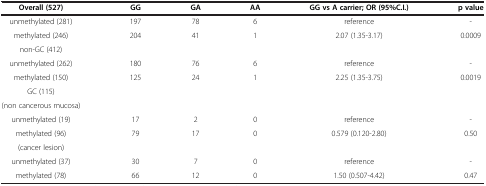
<table><thead><tr><td><b>Overall (527)</b></td><td><b>GG</b></td><td><b>GA</b></td><td><b>AA</b></td><td><b>GG vs A carrier; OR (95%C.I.)</b></td><td><b>p value</b></td></tr></thead><tbody><tr><td>unmethylated (281)</td><td>197</td><td>78</td><td>6</td><td>reference</td><td>-</td></tr><tr><td>methylated (246)</td><td>204</td><td>41</td><td>1</td><td>2.07 (1.35-3.17)</td><td>0.0009</td></tr><tr><td>non-GC (412)</td><td> </td><td> </td><td> </td><td> </td><td> </td></tr><tr><td>unmethylated (262)</td><td>180</td><td>76</td><td>6</td><td>reference</td><td>-</td></tr><tr><td>methylated (150)</td><td>125</td><td>24</td><td>1</td><td>2.25 (1.35-3.75)</td><td>0.0019</td></tr><tr><td>GC (115)</td><td> </td><td> </td><td> </td><td> </td><td> </td></tr><tr><td>(non cancerous mucosa)</td><td> </td><td> </td><td> </td><td> </td><td> </td></tr><tr><td>unmethylated (19)</td><td>17</td><td>2</td><td>0</td><td>reference</td><td>-</td></tr><tr><td>methylated (96)</td><td>79</td><td>17</td><td>0</td><td>0.579 (0.120-2.80)</td><td>0.50</td></tr><tr><td>(cancer lesion)</td><td> </td><td> </td><td> </td><td> </td><td> </td></tr><tr><td>unmethylated (37)</td><td>30</td><td>7</td><td>0</td><td>reference</td><td>-</td></tr><tr><td>methylated (78)</td><td>66</td><td>12</td><td>0</td><td>1.50 (0.507-4.42)</td><td>0.47</td></tr></tbody></table>